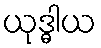
ယုဒ္ဓါယ